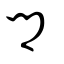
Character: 郷